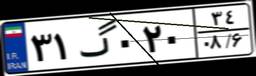
۳۱گ۰۲۰۳۴